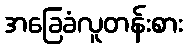
အခြေခံလူတန်းစား